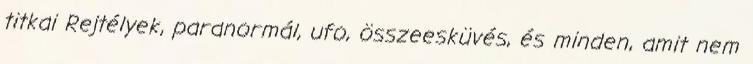
titkai Rejtélyek, paranormál, ufo, összeesküvés, és minden, amit nem